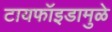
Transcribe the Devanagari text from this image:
टायफॉइडामुळे